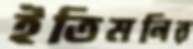
ইতিমনির